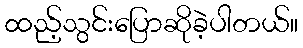
ထည့်သွင်းပြောဆိုခဲ့ပါတယ်။